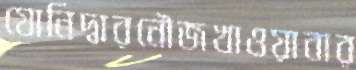
যোনিদ্বারনৌজখাওয়াবার